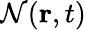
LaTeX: \mathcal{N}(\mathbf{{r}},t)